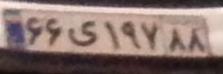
۶۶ی۱۹۷۸۸